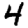
Digit: 4